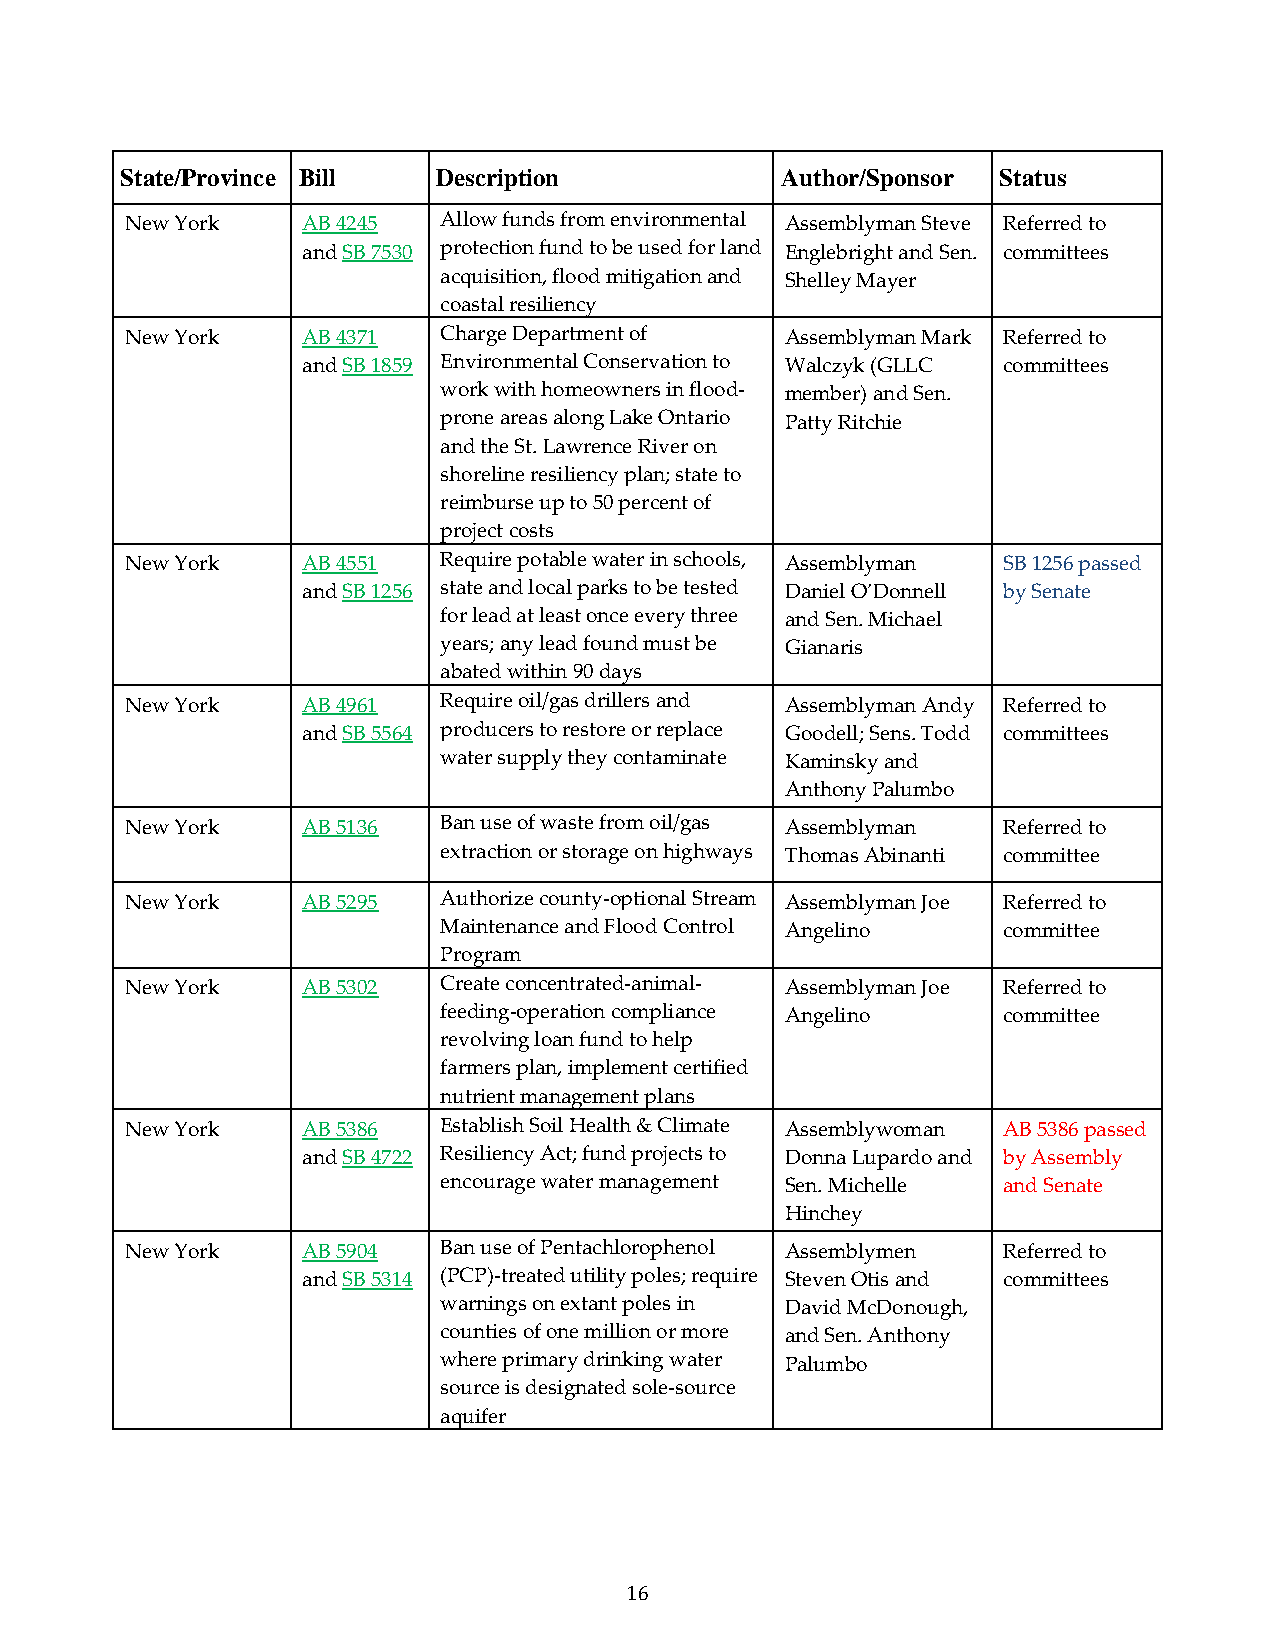
State/Province Bill  Description            Author/Sponsor Status
 New York    AB 4245  Allow funds from environmental Assemblyman Steve Referred to
 and SB 7530 protection fund to be used for land Englebright and Sen. committees
 acquisition, flood mitigation and Shelley Mayer
 coastal resiliency
 New York    AB 4371  Charge Department of   Assemblyman Mark Referred to
 and SB 1859 Environmental Conservation to Walczyk (GLLC committees
 work with homeowners in flood- member) and Sen.
 prone areas along Lake Ontario Patty Ritchie
 and the St. Lawrence River on
 shoreline resiliency plan; state to
 reimburse up to 50 percent of
 project costs
 New York    AB 4551  Require potable water in schools, Assemblyman SB 1256 passed
 and SB 1256 state and local parks to be tested Daniel O’Donnell by Senate
 for lead at least once every three and Sen. Michael
 years; any lead found must be Gianaris
 abated within 90 days
 New York    AB 4961  Require oil/gas drillers and Assemblyman Andy Referred to
 and SB 5564 producers to restore or replace Goodell; Sens. Todd committees
 water supply they contaminate Kaminsky and
 Anthony Palumbo
 New York    AB 5136  Ban use of waste from oil/gas Assemblyman Referred to
 extraction or storage on highways Thomas Abinanti committee
 New York    AB 5295  Authorize county-optional Stream Assemblyman Joe Referred to
 Maintenance and Flood Control Angelino committee
 Program
 New York    AB 5302  Create concentrated-animal- Assemblyman Joe Referred to
 feeding-operation compliance Angelino committee
 revolving loan fund to help
 farmers plan, implement certified
 nutrient management plans
 New York    AB 5386  Establish Soil Health & Climate Assemblywoman AB 5386 passed
 and SB 4722 Resiliency Act; fund projects to Donna Lupardo and by Assembly
 encourage water management Sen. Michelle and Senate
 Hinchey
 New York    AB 5904  Ban use of Pentachlorophenol Assemblymen Referred to
 and SB 5314 (PCP)-treated utility poles; require Steven Otis and committees
 warnings on extant poles in David McDonough,
 counties of one million or more and Sen. Anthony
 where primary drinking water Palumbo
 source is designated sole-source
 aquifer
 16